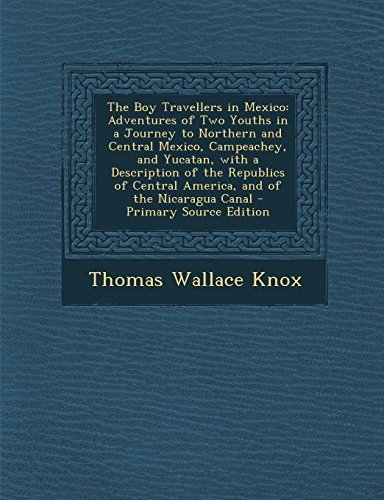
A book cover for The Boy Travellers in Mexico: Adventures of Two Youths in a Journey to Northern and Central Mexico, Campeachey, and Yucatan, with a Description of the ... the Nicaragua Canal - Primary Source Edition by Knox, Thomas Wallace (2014) Paperback; Thomas Wallace Knox; Travel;